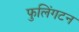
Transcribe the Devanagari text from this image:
फुलिंगटन